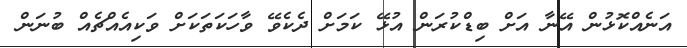
އަނެއްކޮޅުން އޭނާ އަށް ބިޑްކުރަން އުޅޭ ކަމަށް ދެކެވޭ ވާހަކަތަކަށް ވަކިއެއްޗެއް ބުނަން